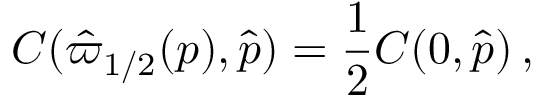
{ C } ( \hat { \varpi } _ { 1 / 2 } ( p ) , \hat { p } ) = \frac { 1 } { 2 } { C } ( 0 , \hat { p } ) \, ,